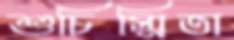
শুচিস্মিতা